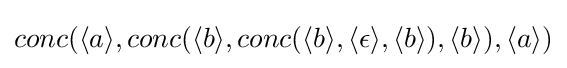
conc(\langle a\rangle ,conc(\langle b\rangle ,conc(\langle b\rangle ,\langle \epsilon \rangle ,\langle b\rangle ),\langle b\rangle ),\langle a\rangle )